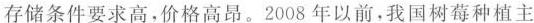
存储条件要求高，价格高昂。2008年以前，我国树莓种植主